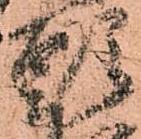
頭